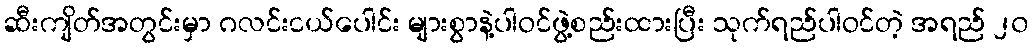
ဆီးကျိတ်အတွင်းမှာ ဂလင်းငယ်ပေါင်း များစွာနဲ့ပါဝင်ဖွဲ့စည်းထားပြီး သုက်ရည်ပါဝင်တဲ့ အရည် ၂၀